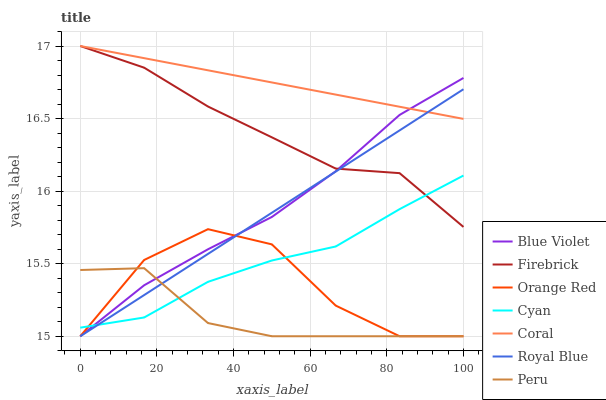
| xaxis_label | Blue Violet | Firebrick | Orange Red | Cyan | Coral | Royal Blue | Peru |
 | --- | --- | --- | --- | --- | --- | --- | --- |
 | 0 | 15 | 17 | 15 | 15.1 | 17 | 15 | 15.5 |
 | 16.7 | 15.4 | 16.9 | 15.5 | 15.1 | 16.9 | 15.3 | 15.5 |
 | 33.3 | 15.6 | 16.6 | 15.7 | 15.4 | 16.8 | 15.6 | 15.1 |
 | 50 | 15.8 | 16.4 | 15.6 | 15.5 | 16.7 | 15.9 | 15 |
 | 66.7 | 16.1 | 16.2 | 15.2 | 15.6 | 16.7 | 16.1 | 15 |
 | 83.3 | 16.5 | 16.1 | 15 | 15.9 | 16.6 | 16.4 | 15 |
 | 100 | 16.8 | 15.8 | 15 | 16.1 | 16.5 | 16.7 | 15 |